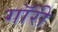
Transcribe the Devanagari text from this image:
गॉरी